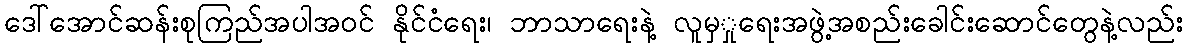
ဒေါ်အောင်ဆန်းစုကြည်အပါအဝင် နိုင်ငံရေး၊ ဘာသာရေးနဲ့ လူမှှုရေးအဖွဲ့အစည်းခေါင်းဆောင်တွေနဲ့လည်း